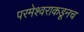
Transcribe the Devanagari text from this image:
परमेश्वराकडूनच